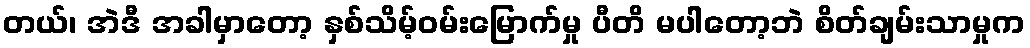
တယ်၊ အဲဒီ အခါမှာတော့ နှစ်သိမ့်ဝမ်းမြောက်မှု ပီတိ မပါတော့ဘဲ စိတ်ချမ်းသာမှုက